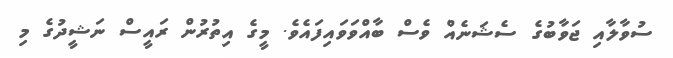
ސުވާލާއި ޖަވާބުގެ ސެޝަނެއް ވެސް ބާއްވަވައިފައެވެ. މީގެ އިތުރުން ރައީސް ނަޝީދުގެ މި